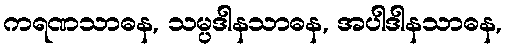
ကရဏသာဓန, သမ္ပဒါနသာဓန, အပါဒါနသာဓန,